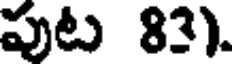
పుట 83).